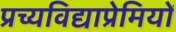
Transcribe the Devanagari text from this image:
प्रच्यविद्याप्रेमियों